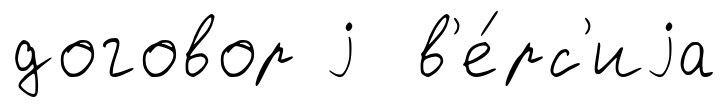
договор j в'е́рс'иjа